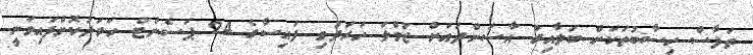
ތަފާސް ހިސާބުތަކަށް ބަލާއިރު އާސަންދައަށް ޖުމްލަ ހަރަދުވި ފައިސާގެ 24 ޕަސެންޓް ހަރަދުކޮށްފައިވަނީ